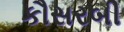
કૌસરબી